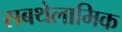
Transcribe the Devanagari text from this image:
सबथेलामिक